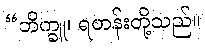
“ဘိက္ခူ၊ ရဟန်းတို့သည်။